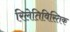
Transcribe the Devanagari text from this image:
रिलेतिविस्तिक